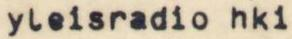
yleisradio hki